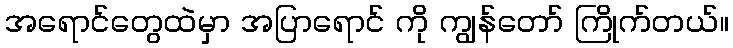
အရောင်တွေထဲမှာ အပြာရောင် ကို ကျွန်တော် ကြိုက်တယ်။